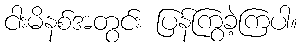
ငါးမိနစ်အတွင်း ပြန်ကြွခဲ့ကြပါ။